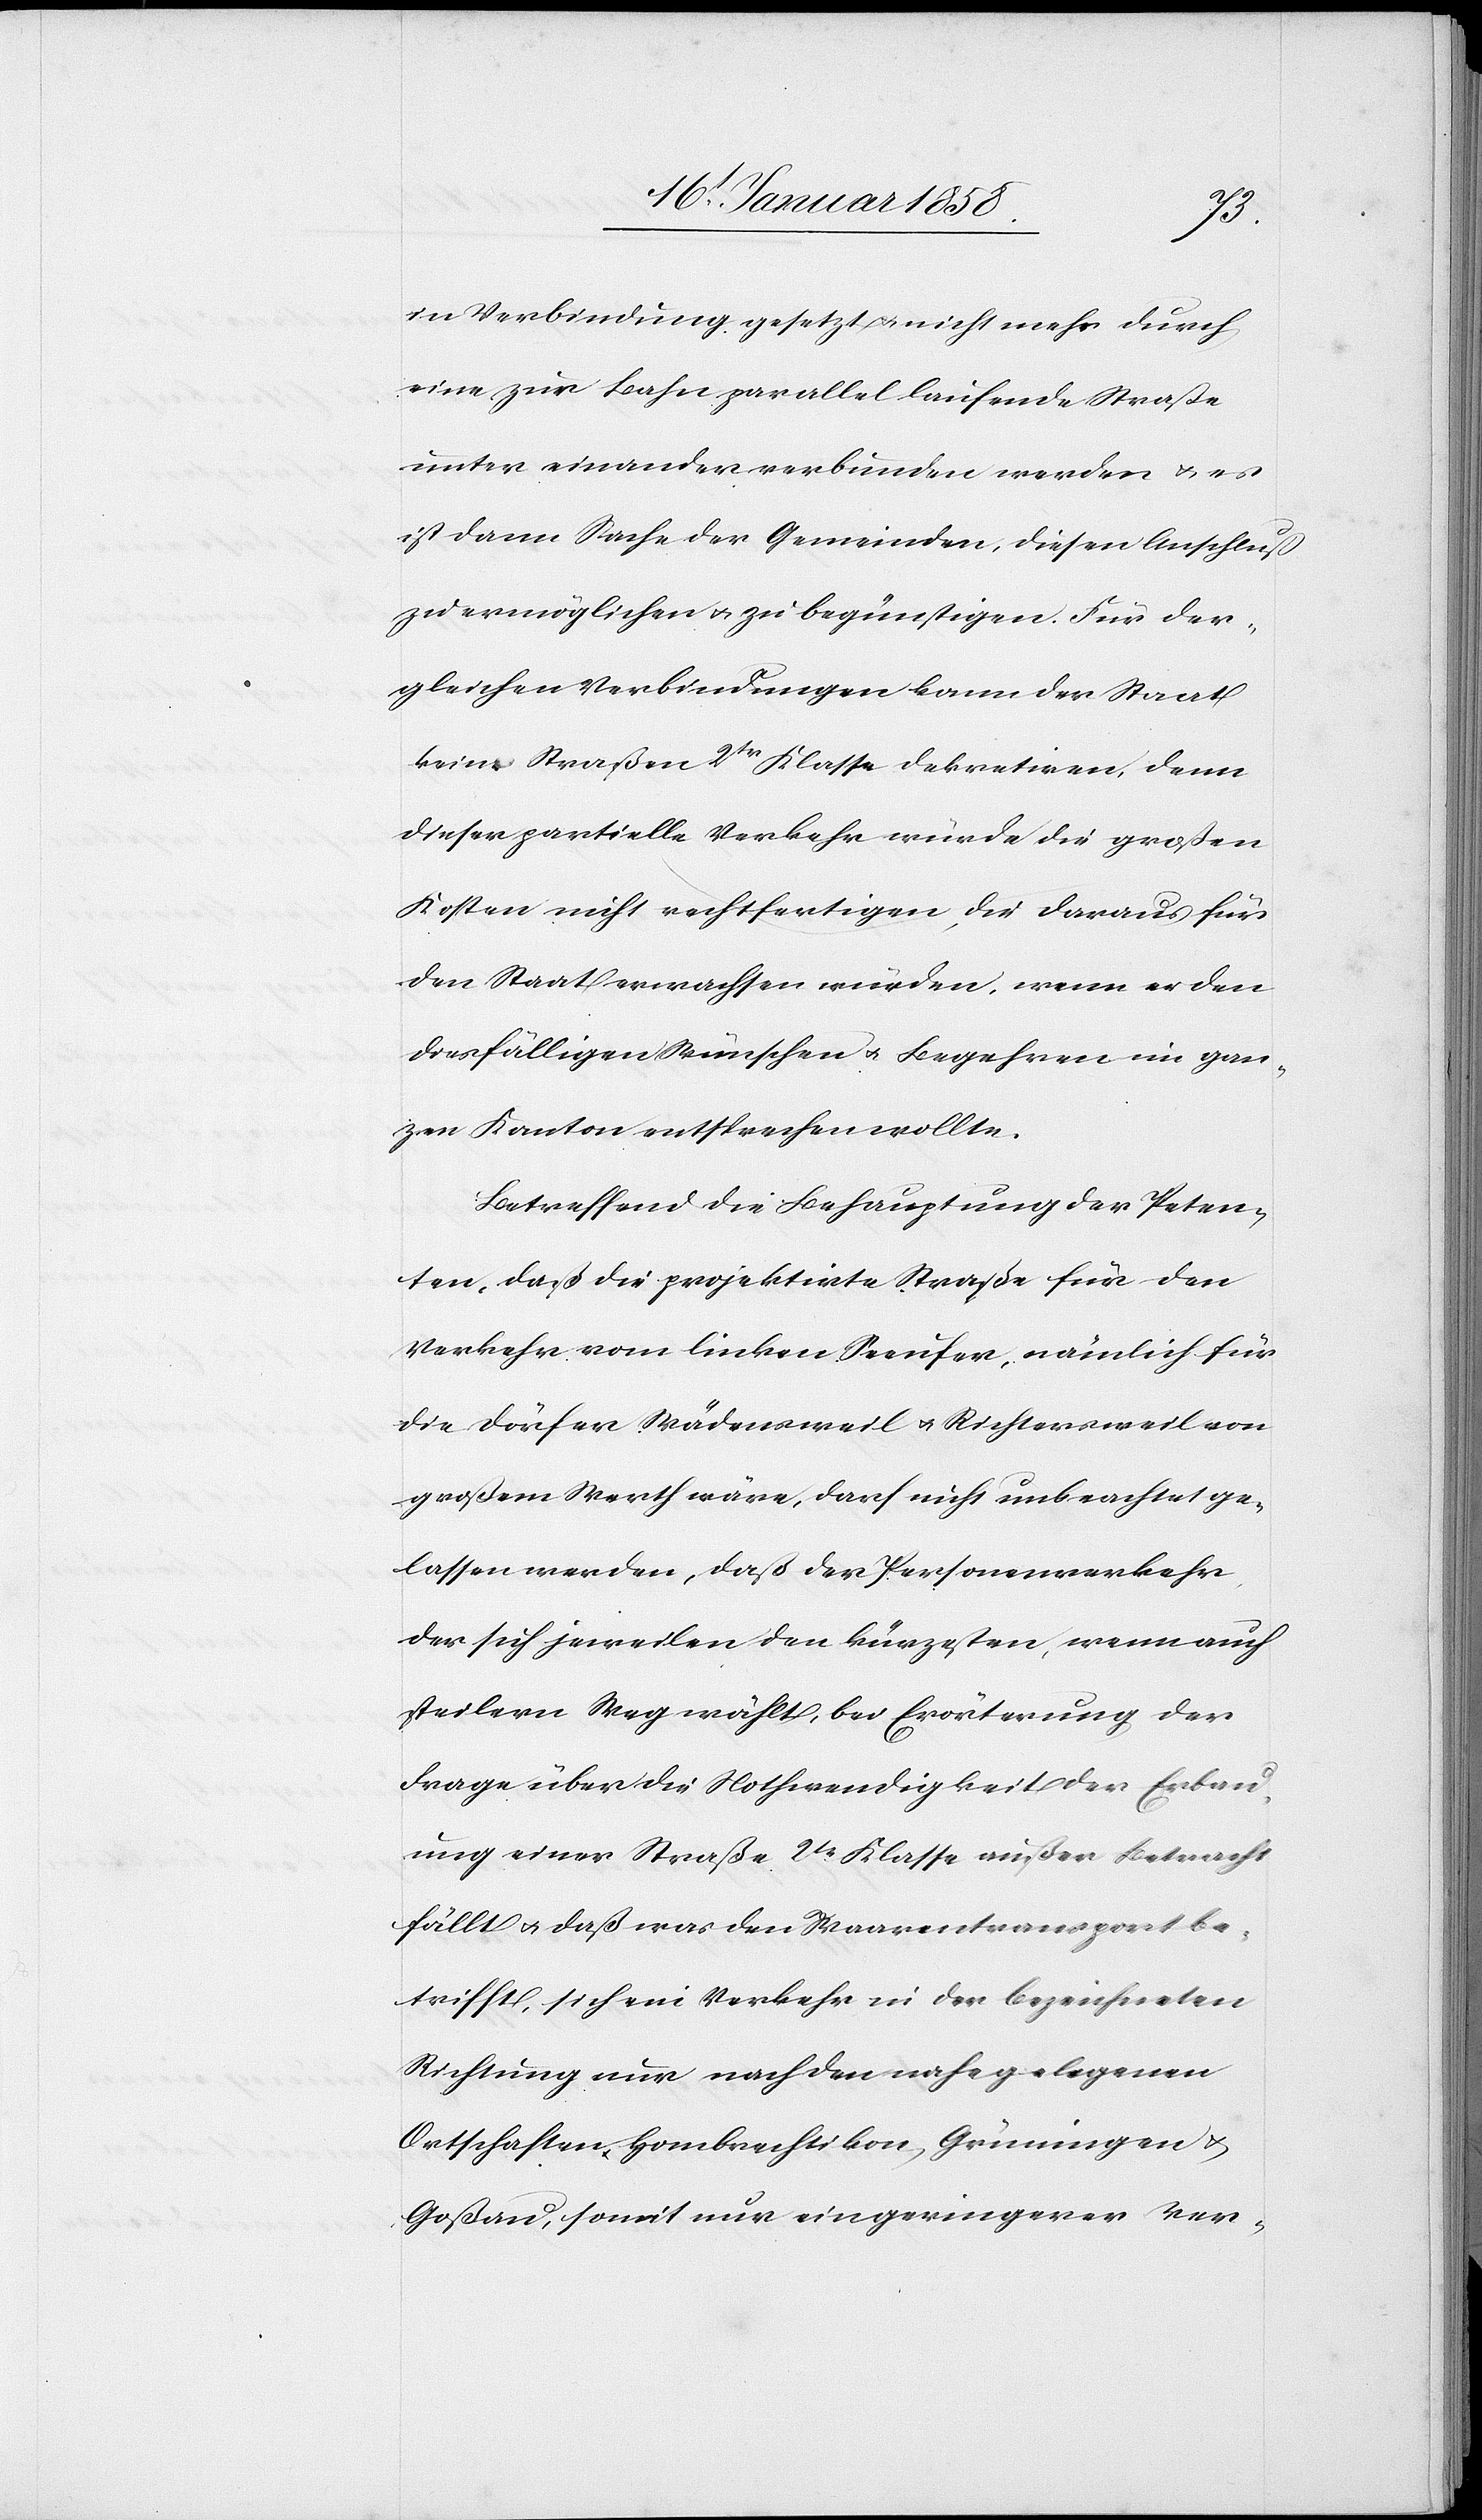
in Verbindung gesetzt u. nicht mehr durch
eine zur Bahn parallel laufende Straße
unter einander verbunden werden u. es
ist dann Sache der Gemeinden, diesen Anschluß
zu ermöglichen u. zu begünstigen. Für der¬
gleichen Verbindungen kann der Staat
keine Straßen 2tr Klasse dekretiren, denn
dieser partielle Verkehr würde die großen
Kosten nicht rechtfertigen, die daraus für
den Staat erwachsen würden, wenn er den
diesfälligen Wünschen u. Begehren im gan¬
zen Kanton entsprechen wollte.
Betreffend die Behauptung der Peten¬
ten, daß die projektirte Straße für den
Verkehr vom linken Seeufer, nämlich für
die Dörfer Wädensweil u. Richtersweil von
großem Werth wäre, darf nicht unbeachtet ge¬
lassen werden, daß der Personenverkehr,
der sich jeweilen den kürzesten, wenn auch
steilern Weg wählt, bei Erörterung der
Frage über die Nothwendigkeit der Erbau¬
ung einer Straße 2te Klasse außer Betracht
fällt u. daß was den Waarentransport be¬
trifft, sich ein Verkehr in der bezeichneten
Richtung nur nach den nahe gelegenen
Ortschaften Hombrechtikon, Grüningen u.
Goßau, somit nur ein geringerer Ver-